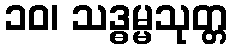
၁၀၊ သဒ္ဓမ္မသုတ္တ